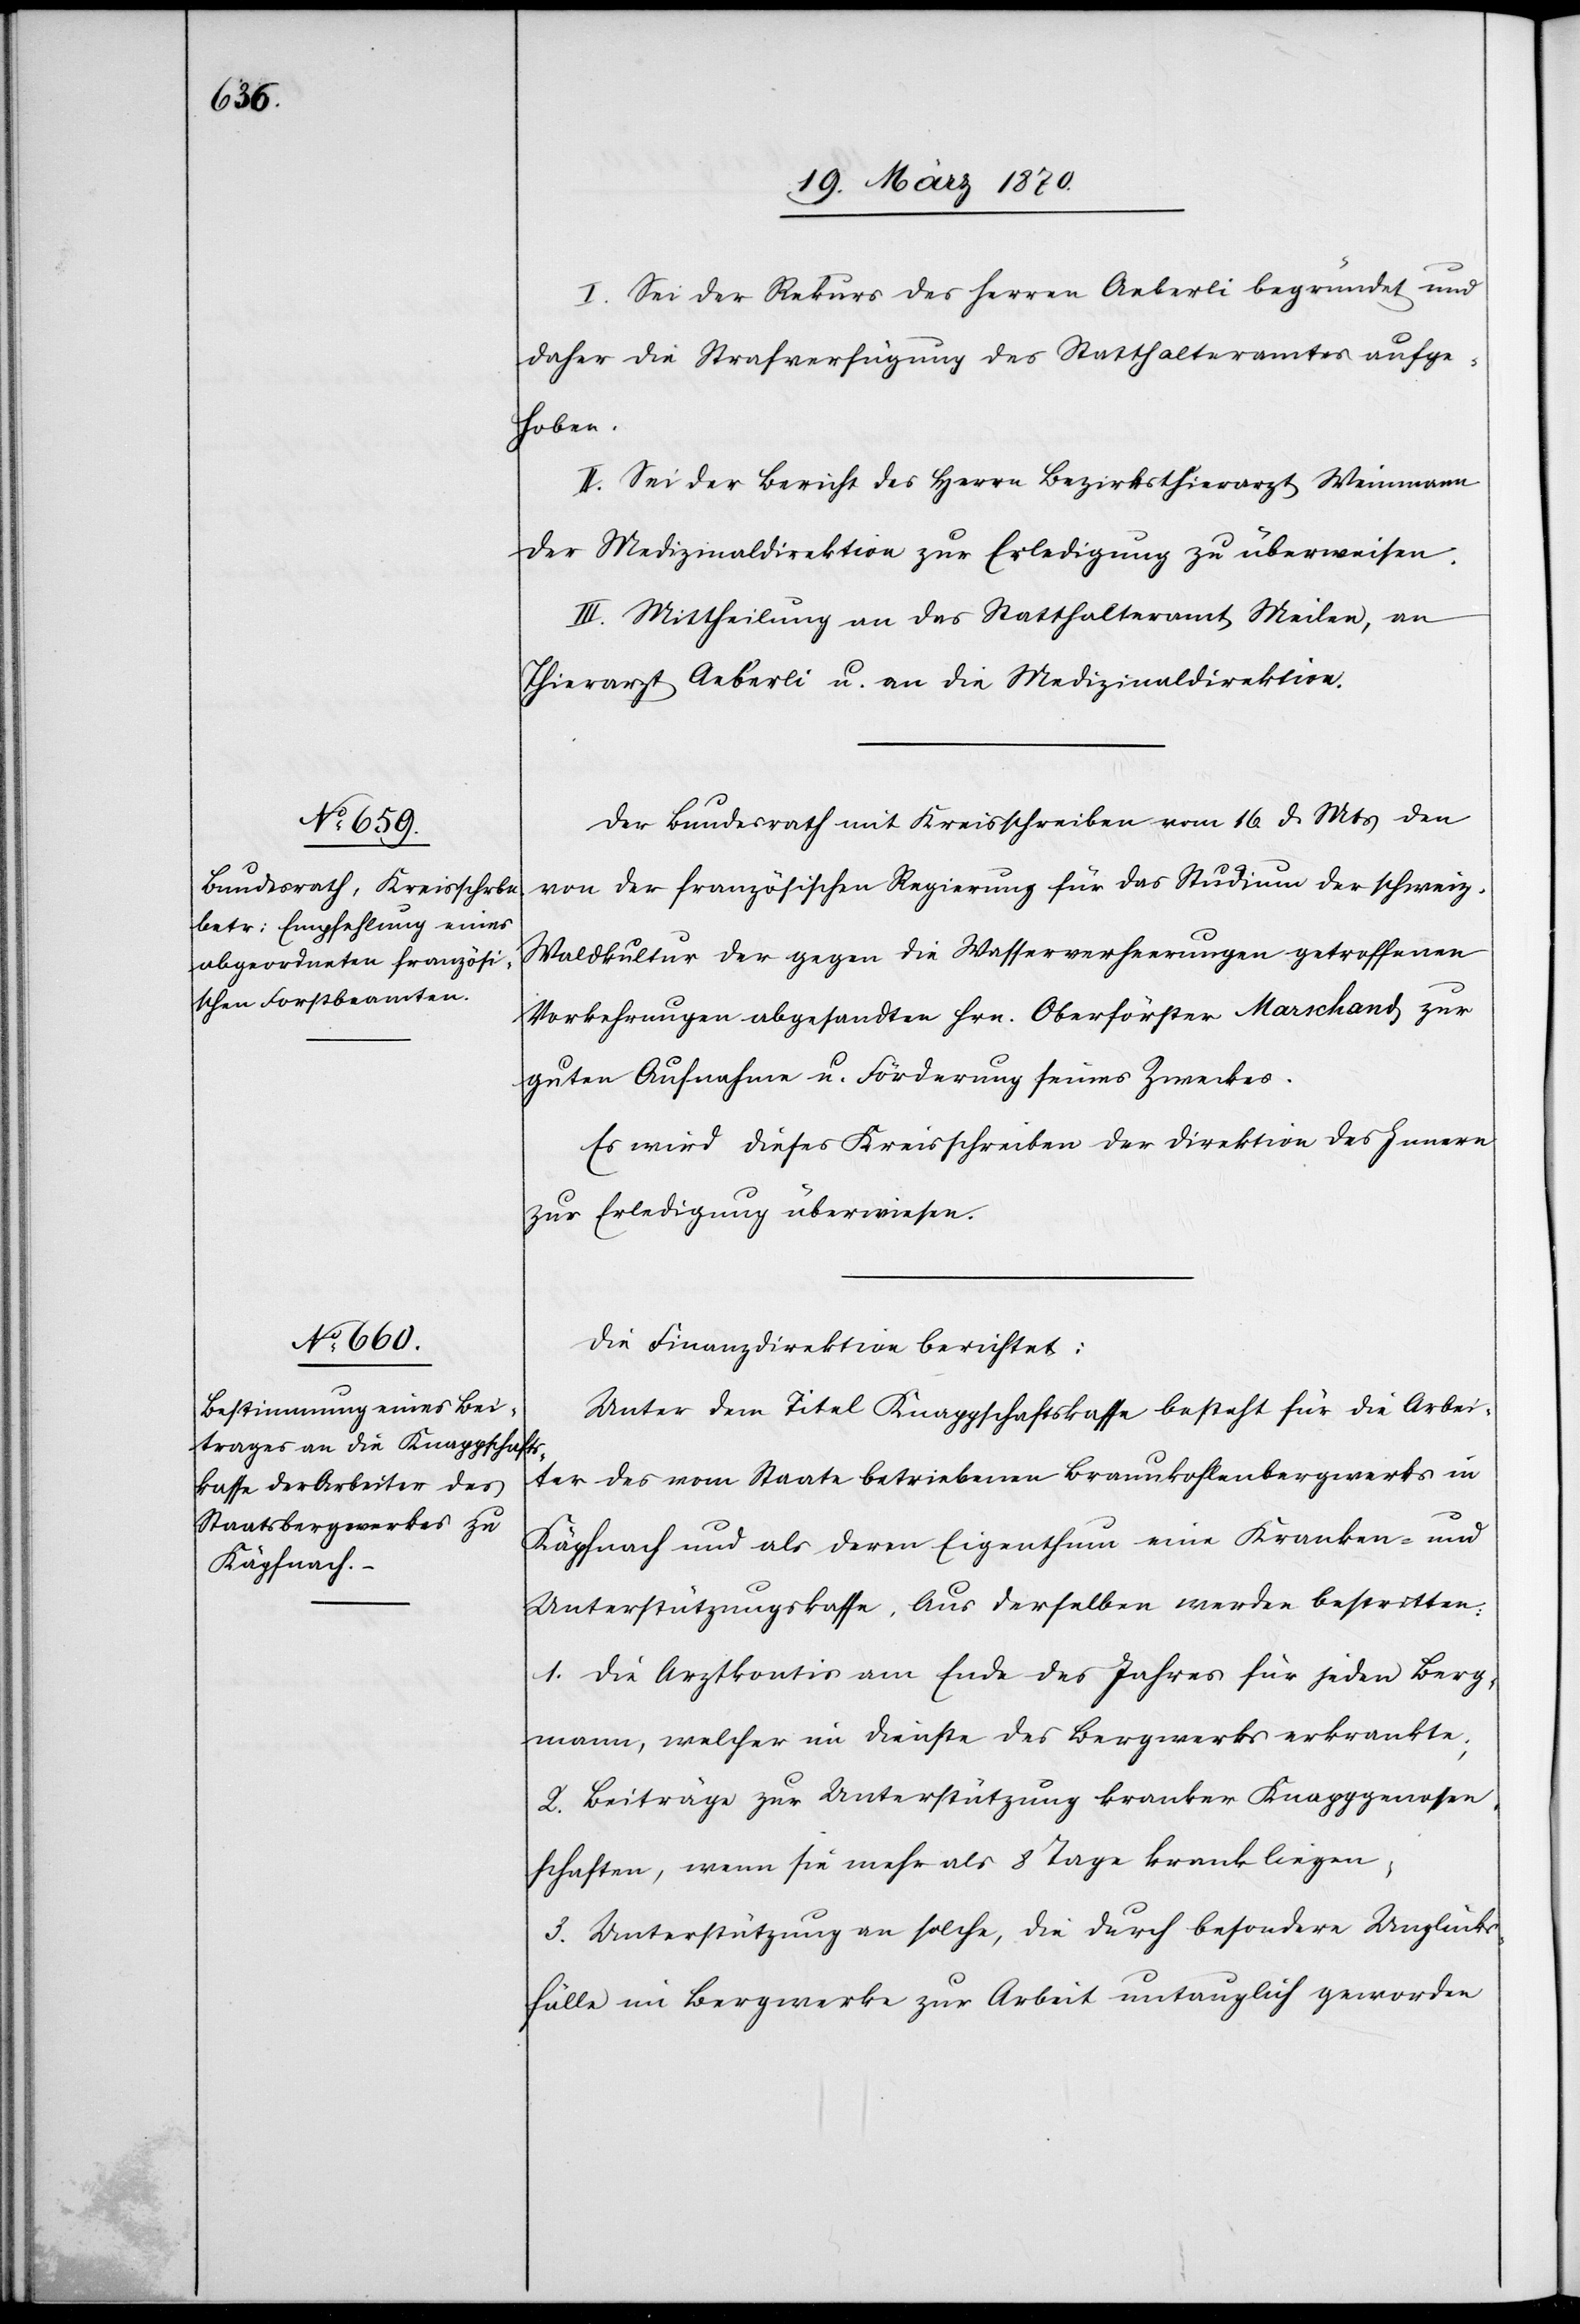
I. Sei der Rekurs des Herren Aeberli begründet und
daher die Strafverfügung des Statthalteramtes aufge¬
hoben.
II. Sei der Bericht des Herrn Bezirksthierarzt Weinmann
der Medizinaldirektion zur Erledigung zu überweisen.
III. Mittheilung an das Statthalteramt Meilen, an
Thierarzt Aeberli u. an die Medizinaldirektion.
Der Bundesrath mit Kreisschreiben vom16. d. Mts den
von der französischen Regierung für das Studium der schweiz.
Waldkultur der gegen die Wasserverheerungen getroffenen
Vorkehrungen abgesandten Hrn. Oberförster Marschand zur
guten Aufnahme u. Förderung seines Zweckes.
Es wird dieses Kreisschreiben der Direktion des Innern
zur Erledigung überwiesen.
Die Finanzdirektion berichtet:
Unter dem Titel Knappschaftskasse besteht für die Arbei¬
ter des vom Staate betriebenen Braunkohlenbergwerks in
Käpfnach und als deren Eigenthum eine Kranken- und
Unterstützungskasse. Aus derselben werden bestritten:
1. Die Arztkontis am Ende des Jahres für jeden Berg¬
mann, welcher im Dienste des Bergwerks erkrankte;
2. Beiträge zur Unterstützung kranker Knappgenosen¬
schaften [sic!], wenn sie mehr als 8 Tage krank liegen;
3. Unterstützung an solche, die durch besondere Unglücks¬
fälle im Bergwerke zur Arbeit untauglich geworden